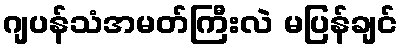
ဂျပန်သံအမတ်ကြီးလဲ မပြန်ချင်